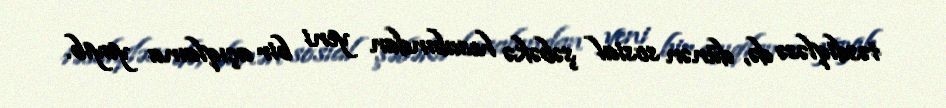
təsdiqləsə də, dünən sosial şəbəkə hesabından yeni bir açıqlama yayıb.